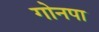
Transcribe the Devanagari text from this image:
गोनपा